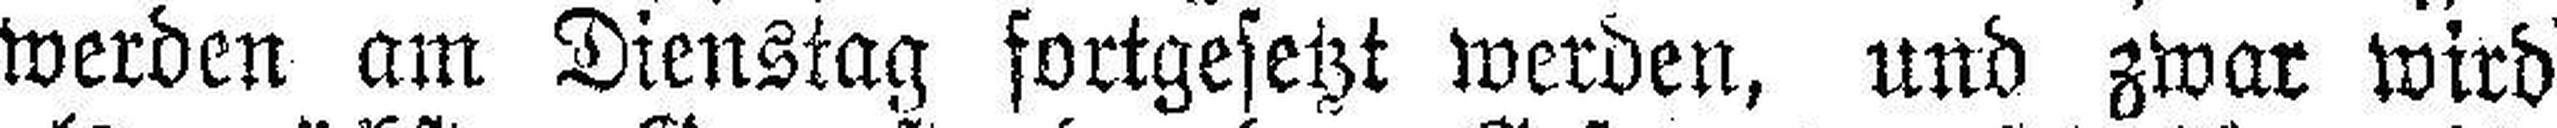
werden am Dienstag fortgesetzt werden, und zwar wird